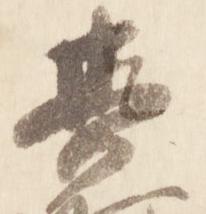
其